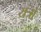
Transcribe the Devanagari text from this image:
यत्रो